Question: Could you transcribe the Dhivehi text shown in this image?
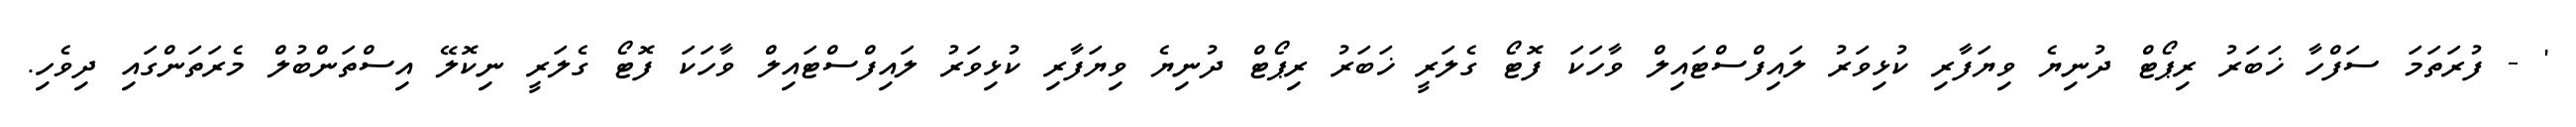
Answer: ' - ފުރަތަމަ ސަފްހާ ޚަބަރު ރިޕޯޓް ދުނިޔެ ވިޔަފާރި ކުޅިވަރު ލައިފްސްޓައިލް ވާހަކަ ފޮޓޯ ގެލަރީ ޚަބަރު ރިޕޯޓް ދުނިޔެ ވިޔަފާރި ކުޅިވަރު ލައިފްސްޓައިލް ވާހަކަ ފޮޓޯ ގެލަރީ ނިކޮލޭ އިސްތަންބުލް މެރަތަންގައި ދިވެހި.